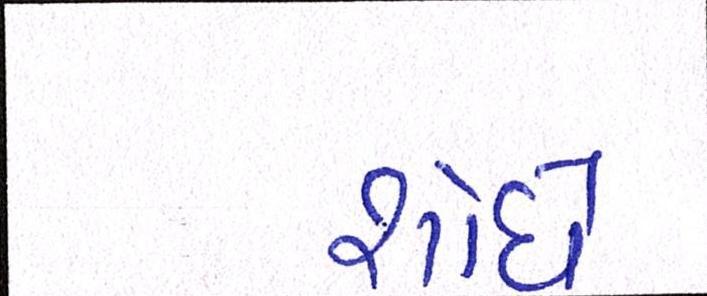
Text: શોધે